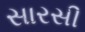
સારસી